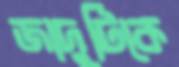
জাদুটিকে